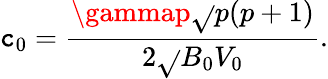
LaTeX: \mathtt{c}_{0}=\frac{{\gammap\sqrt{}{{p(p+1)}}}}{{2\sqrt{}{{B_{0}V_{0}}}}}.